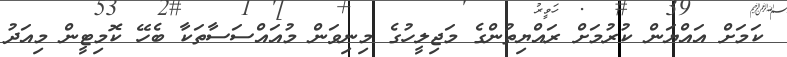
ކަމަށް އައްޔަން ކުރުމަށް ރައްޔިތުންގެ މަޖިލީހުގެ މިނިވަން މުއައްސަސާތަކާ ބެހޭ ކޮމިޓީން މިއަދު